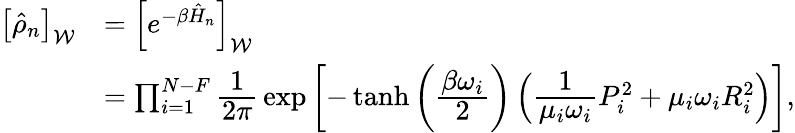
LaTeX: \begin{array}{rl}{\left[\hat{\rho}_{n}\right]_{\mathcal{W}}}&{=\left[e^{-\beta\hat{H}_{n}}\right]_{\mathcal{W}}}\\ &{=\prod_{i=1}^{N-F}\cfrac{1}{2\pi}\, \exp\left[-\operatorname{tanh}\left(\cfrac{\beta\omega_{i}}{2}\right)\left(\cfrac{1}{\mu_{i}\omega_{i}}P_{i}^{2}+\mu_{i}\omega_{i}R_{i}^{2}\right)\right],}\end{array}